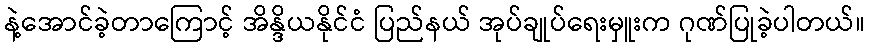
နဲ့အောင်ခဲ့တာကြောင့် အိန္ဒိယနိုင်ငံ ပြည်နယ် အုပ်ချုပ်ရေးမှူးက ဂုဏ်ပြုခဲ့ပါတယ်။